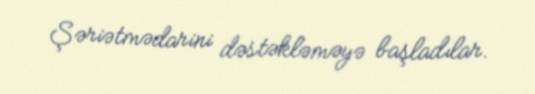
Şəriətmədarini dəstəkləməyə başladılar.